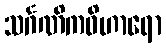
သင်္ဂဏိကဝိဟာရော